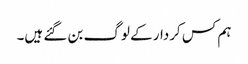
ہم کس کردار کے لوگ بن گئے ہیں۔